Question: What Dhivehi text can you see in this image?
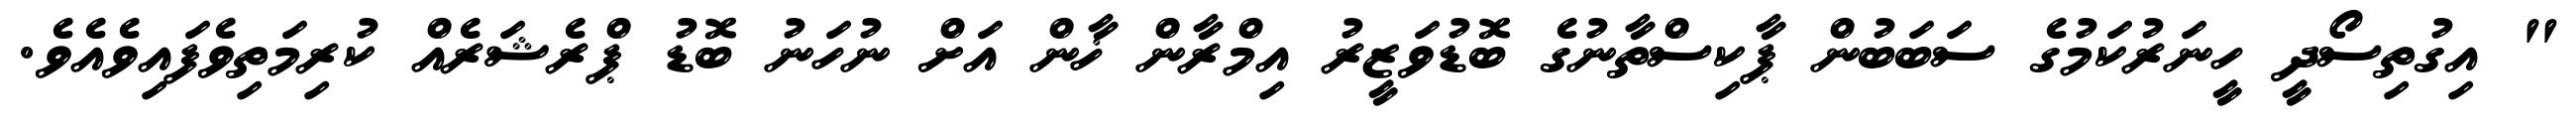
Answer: " އިގުތިސޯދީ ހީނަރުކަމުގެ ސަބަބުން ޕާކިސްތާނުގެ ބޮޑުވަޒީރު އިމްރާން ޚާން އަށް ނުހަނު ބޮޑު ޕްރެޝަރެއް ކުރިމަތިވެފައިވެއެވެ.